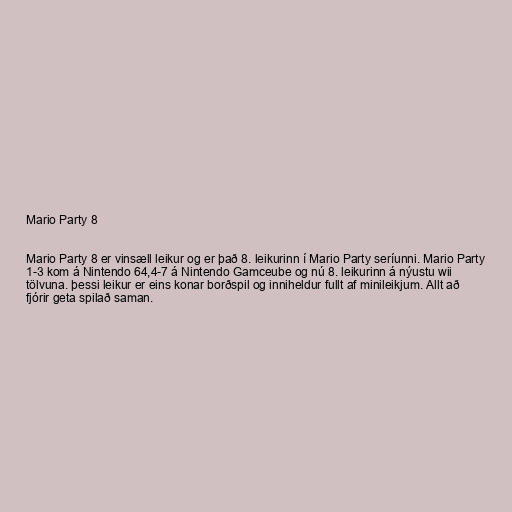
Mario Party 8

Mario Party 8 er vinsæll leikur og er það 8. leikurinn í Mario Party seríunni. Mario Party
1-3 kom á Nintendo 64,4-7 á Nintendo Gamceube og nú 8. leikurinn á nýustu wii
tölvuna. þessi leikur er eins konar borðspil og inniheldur fullt af minileikjum. Allt að
fjórir geta spilað saman.